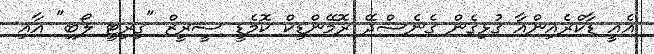
އެއީ ޑާކްރެއިންއާ ގުޅިގެން ގެނެސްދޭ ރޮމޭންޑިކް ކޮމެޑީ ސީރީޒް "ގިރިޓީ ލޯބި" އާއި